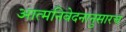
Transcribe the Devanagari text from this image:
आत्मनिवेदनानुसारच